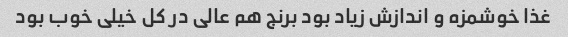
غذا خوشمزه و اندازش زیاد بود برنج هم عالی در کل خیلی خوب بود